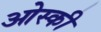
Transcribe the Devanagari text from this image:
ओस्की